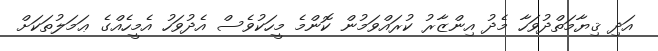
އަދި ޤިޔާމަތްދުވަހާ މެދު އިންޒާރު ކުރައްވަމުން ކޮންމެ މީހަކުވެސް އެދުވަހު އެމީހެއްގެ ޢަމަލުތަކަށް